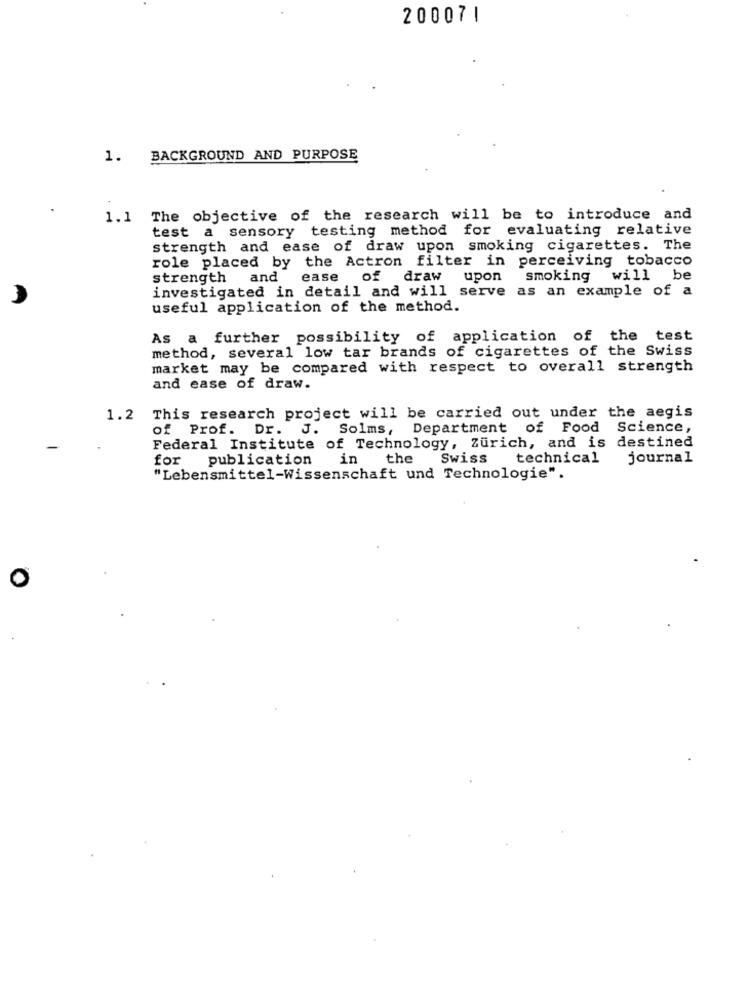
200071
1. BACKGROUND AND PURPOSE
1.1 The objective of the research will be to introduce and
test a sensory testing method for evaluating relative
strength and ease of draw upon smoking cigarettes. The
role placed by the Actron filter in perceiving tobacco
strength and
ease of draw upon
smoking will be
investigated in detail and will serve as an example of a
useful application of the method.
As a further possibility of application of the test
method, several low tar brands of cigarettes of the Swiss
market may be compared with respect to overall strength
and ease of draw.
1.2 This research project will be carried out under the aegis
of Prof. Dr. J.
Solms, Department of Food Science,
Federal Institute of Technology, Zürich, and is destined
for
publication
in
the
Swiss
technical
journal
"Lebensmittel-Wissenschaft und Technologie".
0